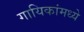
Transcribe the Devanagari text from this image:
गायिकांमध्ये